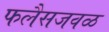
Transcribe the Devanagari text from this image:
फलैसजवळ